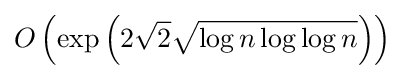
O\left(\exp \left(2{\sqrt {2}}{\sqrt {\log n\log \log n}}\right)\right)